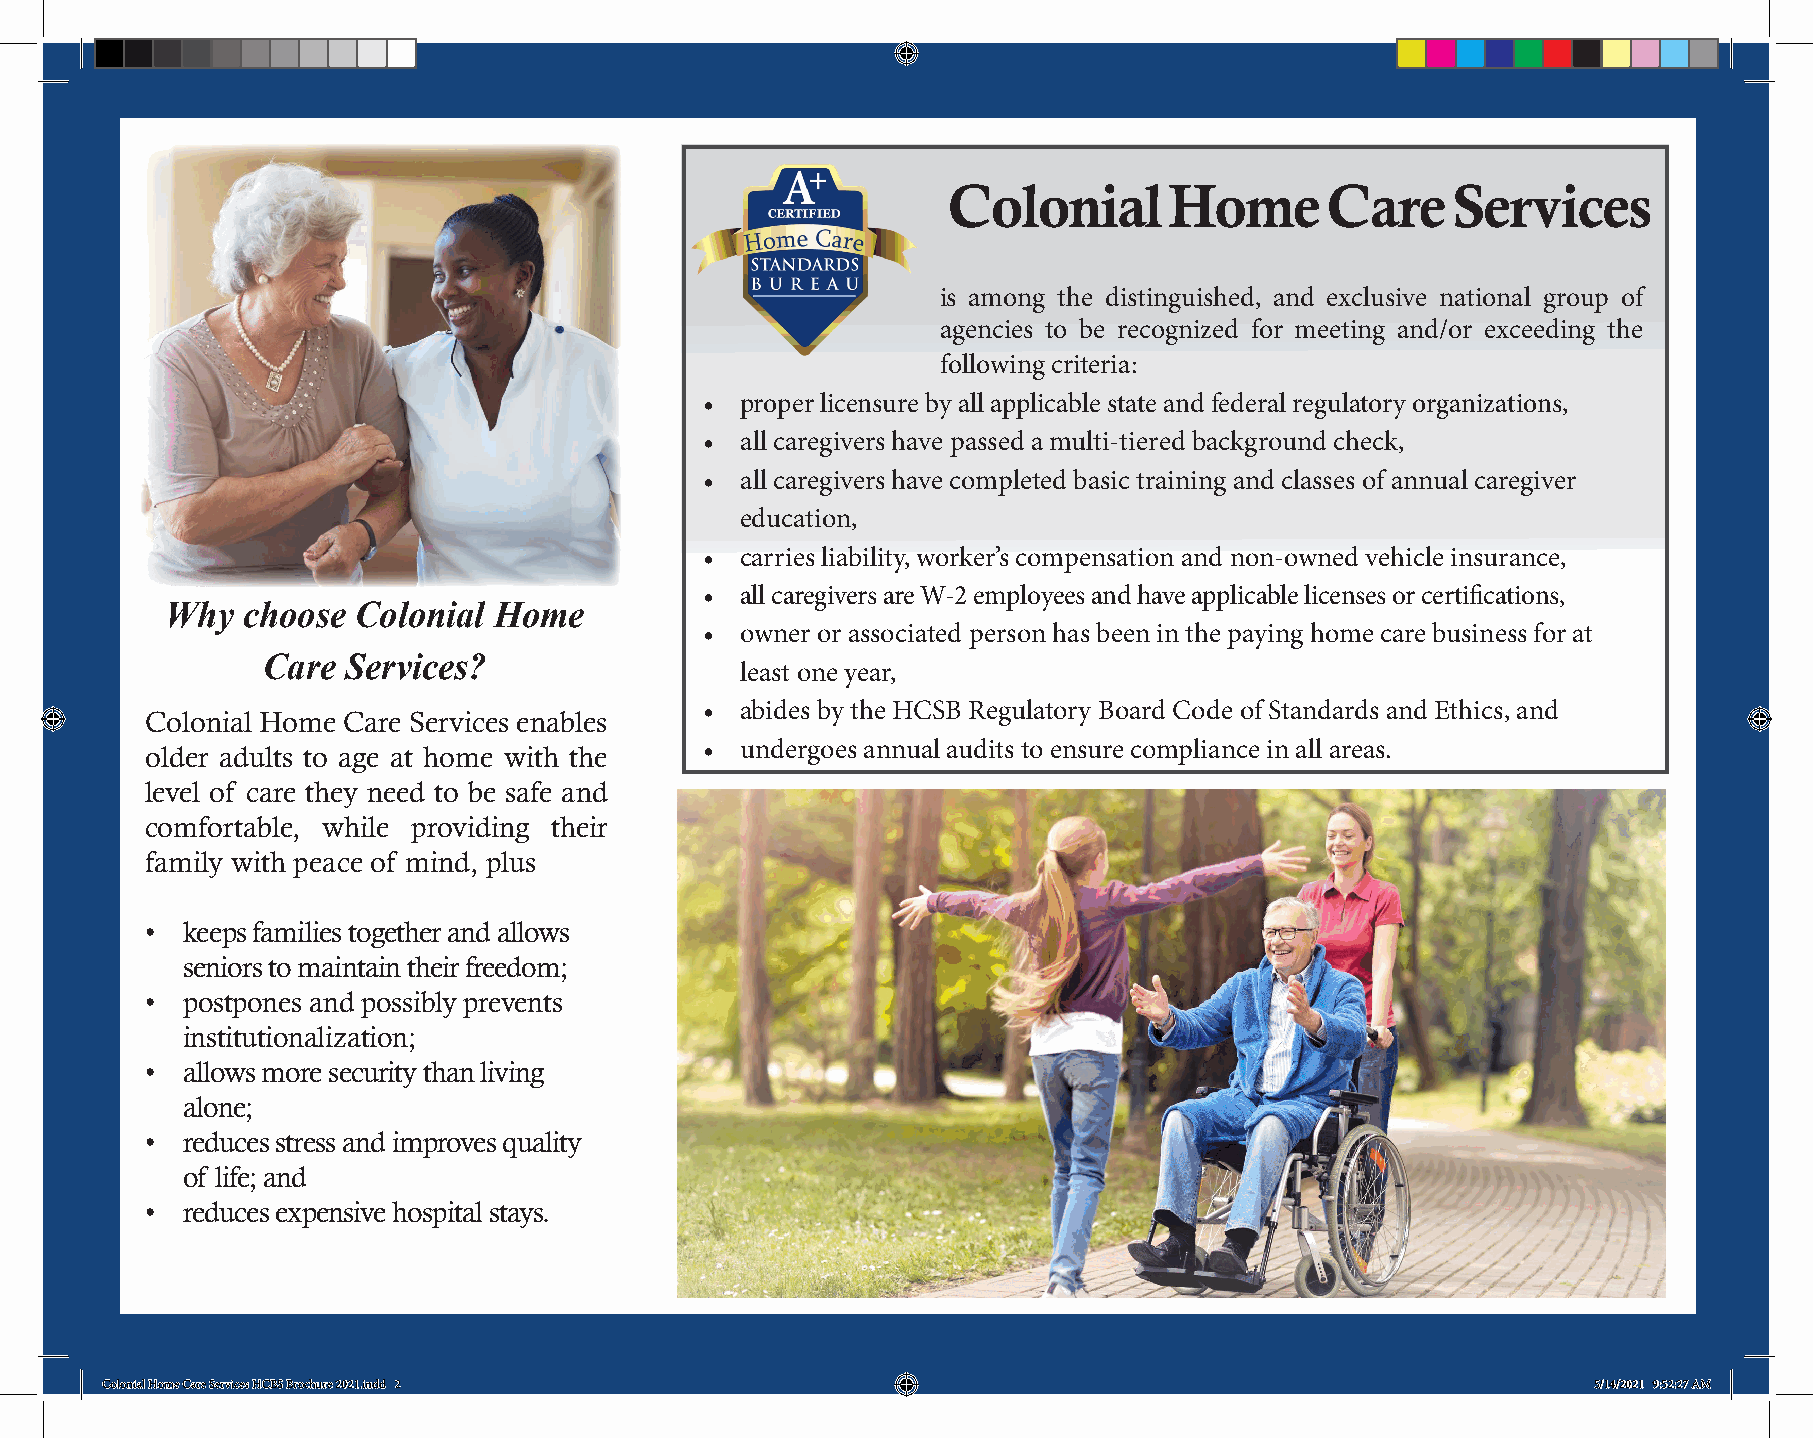
Colonial      Home       Care    Services
 is among the distinguished, and exclusive national group of
 agencies to be recognized for meeting and/or exceeding the
 following criteria:
 •  proper licensure by all applicable state and federal regulatory organizations,
 •  all caregivers have passed a multi-tiered background check,
 •  all caregivers have completed basic training and classes of annual caregiver
 education,
 •  carries liability, worker’s compensation and non-owned vehicle insurance,
 •  all caregivers are W-2 employees and have applicable licenses or certifications,
 Why  choose  Colonial Home
 •  owner or associated person has been in the paying home care business for at
 Care  Services?
 least one year,
 •  abides by the HCSB Regulatory Board Code of Standards and Ethics, and
 Colonial Home Care Services enables
 older adults to age at home with the • undergoes annual audits to ensure compliance in all areas.
 level of care they need to be safe and
 comfortable, while providing their
 family with peace of mind, plus
 • keeps families together and allows
 seniors to maintain their freedom;
 • postpones and possibly prevents
 institutionalization;
 • allows more security than living
 alone;
 • reduces stress and improves quality
 of life; and
 • reduces expensive hospital stays.
 CCoolloonniiaall HHoommee CCaarree SSeerrvviicceess HHCCBBSS BBrroocchhuurree 22002211..iinndddd 22 55//1144//22002211 99::5522::2277 AAMM